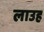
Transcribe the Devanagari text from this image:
लाउह